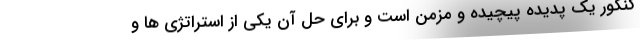
کنکور یک پدیده پیچیده و مزمن است و برای حل آن یکی از استراتژی ها و